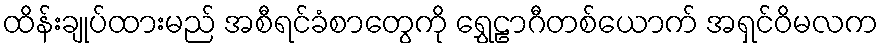
ထိန်းချုပ်ထားမည် အစီရင်ခံစာတွေကို ရွှေဠာဂီတစ်ယောက် အရှင်ဝိမလက